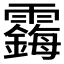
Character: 𱁧